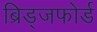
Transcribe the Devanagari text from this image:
ब्रिड्जफोर्ड